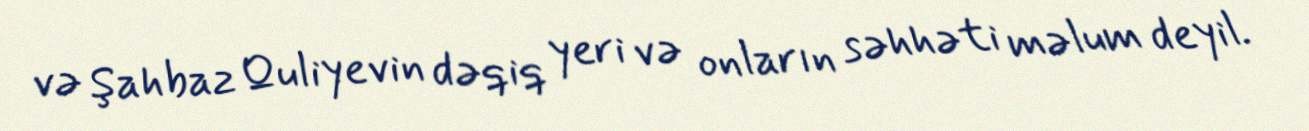
və Şahbaz Quliyevin dəqiq yeri və onların səhhəti məlum deyil.